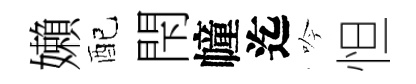
嬾配閇幢迄吟怛